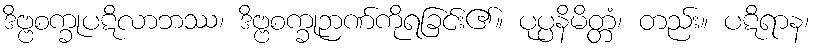
ဒိဗ္ဗစက္ခုပဋိလာဘဿ၊ ဒိဗ္ဗစက္ခုဉာဏ်ကိုရခြင်း၏။ ပုပ္ပနိမိတ္တံ၊ တည်း။ ပဋိရာန၊